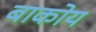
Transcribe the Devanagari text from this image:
बाकोय